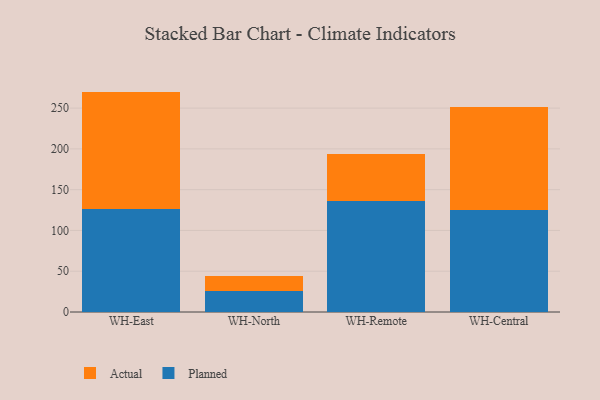
{"axis": {"x": "Warehouse", "y": "Population (Million)"}, "legend": ["Actual", "Planned"], "data": [{"x": "WH-East", "y": 126.4, "type": "Planned"}, {"x": "WH-East", "y": 143.8, "type": "Actual"}, {"x": "WH-North", "y": 25.2, "type": "Planned"}, {"x": "WH-North", "y": 18.6, "type": "Actual"}, {"x": "WH-Remote", "y": 135.6, "type": "Planned"}, {"x": "WH-Remote", "y": 57.7, "type": "Actual"}, {"x": "WH-Central", "y": 125.5, "type": "Planned"}, {"x": "WH-Central", "y": 126.4, "type": "Actual"}]}